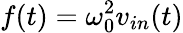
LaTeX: f(t)=\omega_{0}^{2}v_{in}(t)